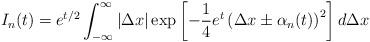
LaTeX: \begin{align*}I_n(t) = e^{t/2} \int_{-\infty}^{\infty} |\Delta x| \exp\left[-\frac{1}{4}e^{t}\left(\Delta x \pm \alpha_n(t)\right)^2\right] d\Delta x \end{align*}